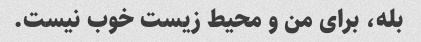
بله، برای من و محیط زیست خوب نیست.